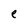
Character: e